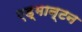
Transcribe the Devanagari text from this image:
एड्मान्टन